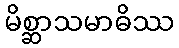
မိစ္ဆာသမာဓိဿ